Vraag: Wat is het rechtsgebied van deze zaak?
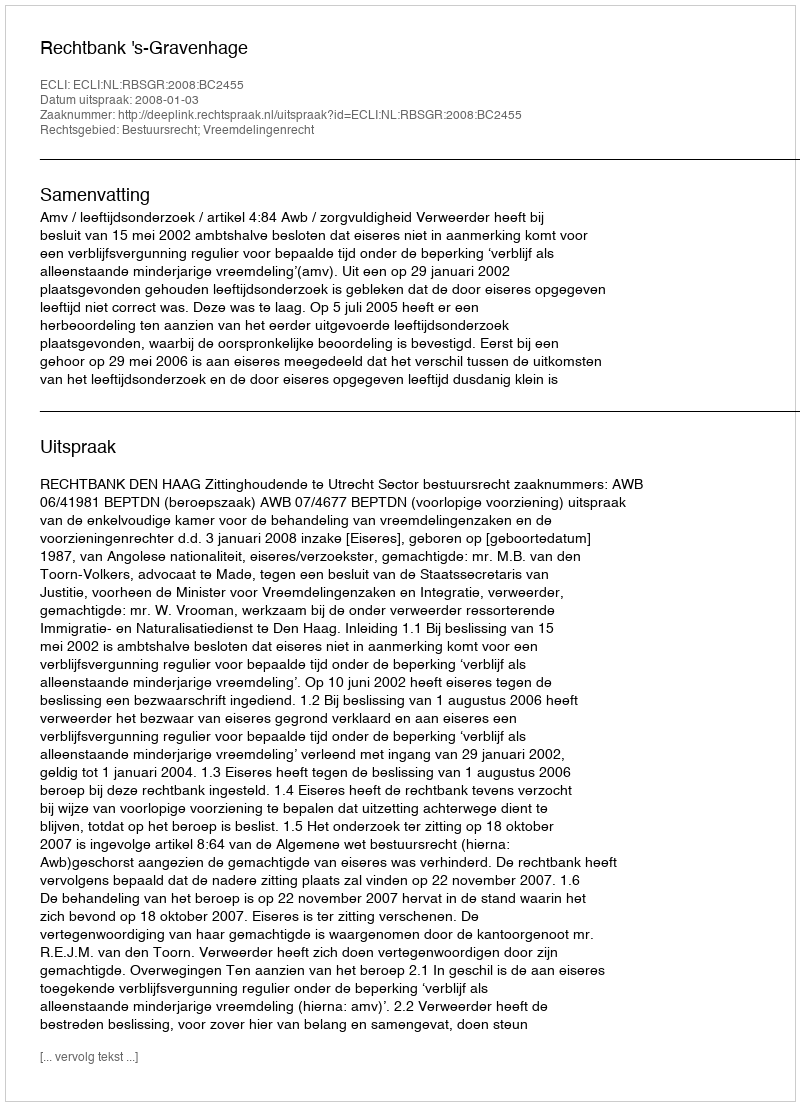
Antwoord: Bestuursrecht; Vreemdelingenrecht